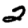
Digit: 2